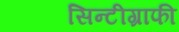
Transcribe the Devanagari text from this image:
सिन्टीग्राफी